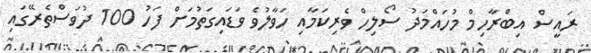
ރައީސް އިބްރާހިމް މުހައްމަދު ސޯލިހް ވެރިކަމާއި ހަވާލުވެ ވަޑައިގަތުމަށް ފަހު 100 ދުވަސްތެރޭގައި